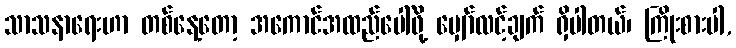
သာသနာရေးဟာ တစ်နေ့တော့ အကောင်အထည်ပေါ်ဖို့ မျှော်လင့်ချက် ရှိပါတယ်၊ ကြိုးစားပါ,